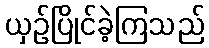
ယှဉ်ပြိုင်ခဲ့ကြသည်